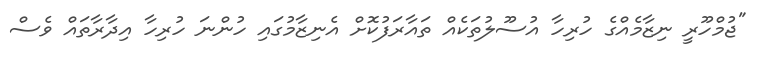
"ޖުމްހޫރީ ނިޒާމެއްގެ ހުރިހާ އުސޫލުތަކެއް ތައާރަފުކޮށް އެނިޒާމުގައި ހުންނަ ހުރިހާ އިދާރާތައް ވެސް